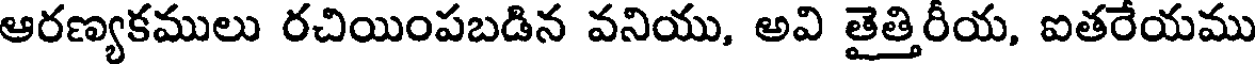
ఆరణ్యకములు రచియింపబడిన వనియు, అవి తైత్తిరీయ, ఐతరేయము